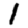
Digit: 1